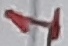
Text: 1